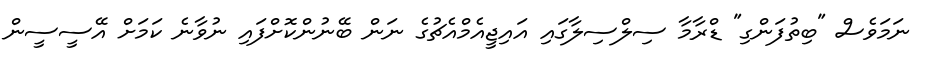
ނަމަވެސް "ބިތުފަންގި" ޑްރާމާ ސިލްސިލާގައި އައިޖީއެމްއެޗުގެ ނަން ބޭނުންކޮށްފައި ނުވާނެ ކަމަށް އޭސީސީން